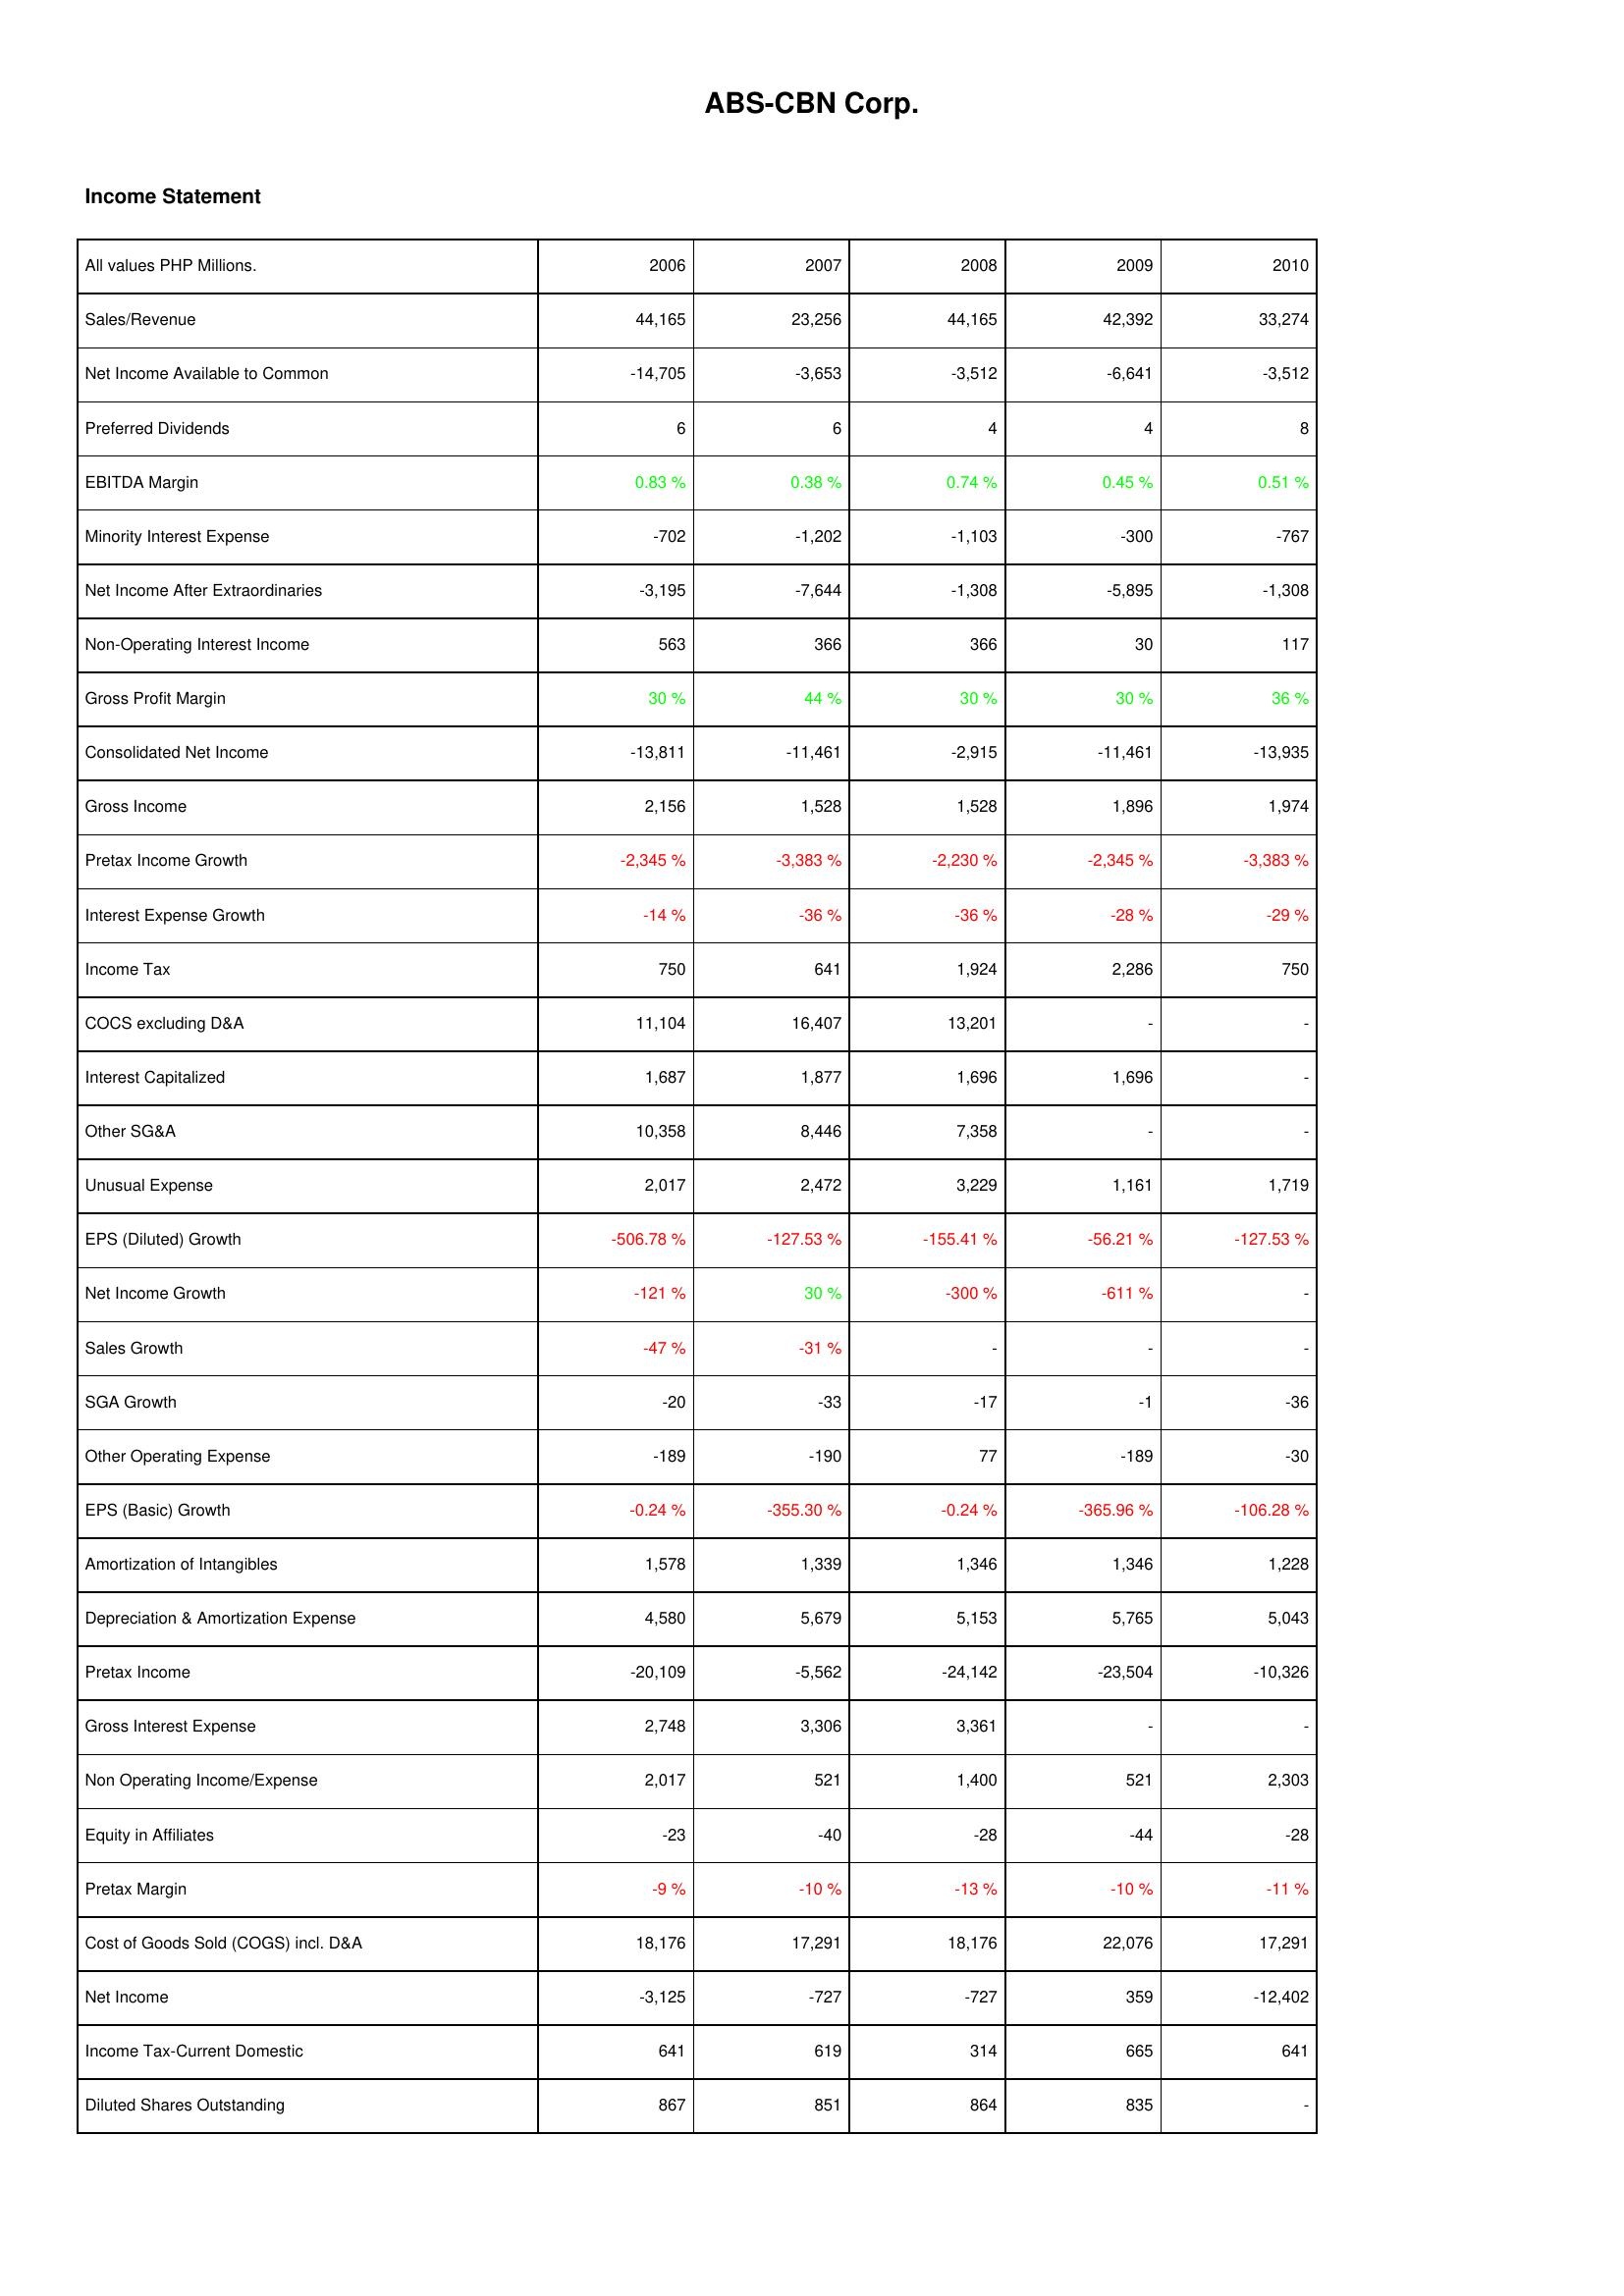
2006: Income Statement: Sales/Revenue: 44,165
Net Income Available to Common: -14,705
Preferred Dividends: 6
EBITDA Margin: 0.83 %
Minority Interest Expense: -702
Net Income After Extraordinaries: -3,195
Non-Operating Interest Income: 563
Gross Profit Margin: 30 %
Consolidated Net Income: -13,811
Gross Income: 2,156
Pretax Income Growth: -2,345 %
Interest Expense Growth: -14 %
Income Tax: 750
COCS excluding D&A: 11,104
Interest Capitalized: 1,687
Other SG&A: 10,358
Unusual Expense: 2,017
EPS (Diluted) Growth: -506.78 %
Net Income Growth: -121 %
Sales Growth: -47 %
SGA Growth: -20
Other Operating Expense: -189
EPS (Basic) Growth: -0.24 %
Amortization of Intangibles: 1,578
Depreciation & Amortization Expense: 4,580
Pretax Income: -20,109
Gross Interest Expense: 2,748
Non Operating Income/Expense: 2,017
Equity in Affiliates: -23
Pretax Margin: -9 %
Cost of Goods Sold (COGS) incl. D&A: 18,176
Net Income: -3,125
Income Tax-Current Domestic: 641
Diluted Shares Outstanding: 867
2007: Income Statement: Sales/Revenue: 23,256
Net Income Available to Common: -3,653
Preferred Dividends: 6
EBITDA Margin: 0.38 %
Minority Interest Expense: -1,202
Net Income After Extraordinaries: -7,644
Non-Operating Interest Income: 366
Gross Profit Margin: 44 %
Consolidated Net Income: -11,461
Gross Income: 1,528
Pretax Income Growth: -3,383 %
Interest Expense Growth: -36 %
Income Tax: 641
COCS excluding D&A: 16,407
Interest Capitalized: 1,877
Other SG&A: 8,446
Unusual Expense: 2,472
EPS (Diluted) Growth: -127.53 %
Net Income Growth: 30 %
Sales Growth: -31 %
SGA Growth: -33
Other Operating Expense: -190
EPS (Basic) Growth: -355.30 %
Amortization of Intangibles: 1,339
Depreciation & Amortization Expense: 5,679
Pretax Income: -5,562
Gross Interest Expense: 3,306
Non Operating Income/Expense: 521
Equity in Affiliates: -40
Pretax Margin: -10 %
Cost of Goods Sold (COGS) incl. D&A: 17,291
Net Income: -727
Income Tax-Current Domestic: 619
Diluted Shares Outstanding: 851
2008: Income Statement: Sales/Revenue: 44,165
Net Income Available to Common: -3,512
Preferred Dividends: 4
EBITDA Margin: 0.74 %
Minority Interest Expense: -1,103
Net Income After Extraordinaries: -1,308
Non-Operating Interest Income: 366
Gross Profit Margin: 30 %
Consolidated Net Income: -2,915
Gross Income: 1,528
Pretax Income Growth: -2,230 %
Interest Expense Growth: -36 %
Income Tax: 1,924
COCS excluding D&A: 13,201
Interest Capitalized: 1,696
Other SG&A: 7,358
Unusual Expense: 3,229
EPS (Diluted) Growth: -155.41 %
Net Income Growth: -300 %
Sales Growth: -
SGA Growth: -17
Other Operating Expense: 77
EPS (Basic) Growth: -0.24 %
Amortization of Intangibles: 1,346
Depreciation & Amortization Expense: 5,153
Pretax Income: -24,142
Gross Interest Expense: 3,361
Non Operating Income/Expense: 1,400
Equity in Affiliates: -28
Pretax Margin: -13 %
Cost of Goods Sold (COGS) incl. D&A: 18,176
Net Income: -727
Income Tax-Current Domestic: 314
Diluted Shares Outstanding: 864
2009: Income Statement: Sales/Revenue: 42,392
Net Income Available to Common: -6,641
Preferred Dividends: 4
EBITDA Margin: 0.45 %
Minority Interest Expense: -300
Net Income After Extraordinaries: -5,895
Non-Operating Interest Income: 30
Gross Profit Margin: 30 %
Consolidated Net Income: -11,461
Gross Income: 1,896
Pretax Income Growth: -2,345 %
Interest Expense Growth: -28 %
Income Tax: 2,286
COCS excluding D&A: -
Interest Capitalized: 1,696
Other SG&A: -
Unusual Expense: 1,161
EPS (Diluted) Growth: -56.21 %
Net Income Growth: -611 %
Sales Growth: -
SGA Growth: -1
Other Operating Expense: -189
EPS (Basic) Growth: -365.96 %
Amortization of Intangibles: 1,346
Depreciation & Amortization Expense: 5,765
Pretax Income: -23,504
Gross Interest Expense: -
Non Operating Income/Expense: 521
Equity in Affiliates: -44
Pretax Margin: -10 %
Cost of Goods Sold (COGS) incl. D&A: 22,076
Net Income: 359
Income Tax-Current Domestic: 665
Diluted Shares Outstanding: 835
2010: Income Statement: Sales/Revenue: 33,274
Net Income Available to Common: -3,512
Preferred Dividends: 8
EBITDA Margin: 0.51 %
Minority Interest Expense: -767
Net Income After Extraordinaries: -1,308
Non-Operating Interest Income: 117
Gross Profit Margin: 36 %
Consolidated Net Income: -13,935
Gross Income: 1,974
Pretax Income Growth: -3,383 %
Interest Expense Growth: -29 %
Income Tax: 750
COCS excluding D&A: -
Interest Capitalized: -
Other SG&A: -
Unusual Expense: 1,719
EPS (Diluted) Growth: -127.53 %
Net Income Growth: -
Sales Growth: -
SGA Growth: -36
Other Operating Expense: -30
EPS (Basic) Growth: -106.28 %
Amortization of Intangibles: 1,228
Depreciation & Amortization Expense: 5,043
Pretax Income: -10,326
Gross Interest Expense: -
Non Operating Income/Expense: 2,303
Equity in Affiliates: -28
Pretax Margin: -11 %
Cost of Goods Sold (COGS) incl. D&A: 17,291
Net Income: -12,402
Income Tax-Current Domestic: 641
Diluted Shares Outstanding: -